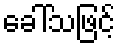
ခေါ်သဖြင့်